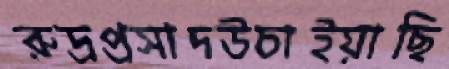
রুদ্রপ্রসাদউচাইয়াছি